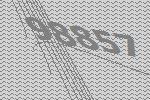
98857